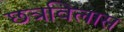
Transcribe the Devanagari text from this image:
छत्रविलास